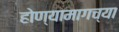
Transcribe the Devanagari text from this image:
होण्यामागच्या